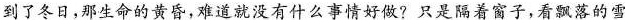
到了冬日，那生命的黄昏，难道就没有什么事情好做?只是隔着窗子，看飘落的雪